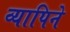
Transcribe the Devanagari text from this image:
व्यापिने